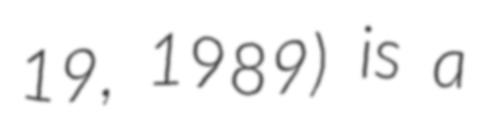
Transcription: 19, 1989) is a